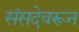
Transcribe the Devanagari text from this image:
संसदेवरून